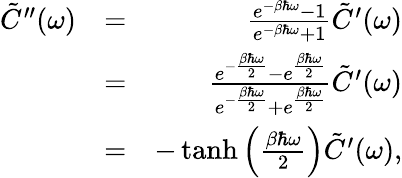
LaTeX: \begin{array}{rlr}{\tilde{C}^{\prime\prime}(\omega)}&{=}&{\frac{e^{-\beta\hbar\omega}-1}{e^{-\beta\hbar\omega}+1}\tilde{C}^{\prime}(\omega)}\\ &{=}&{\frac{e^{-\frac{\beta\hbar\omega}{2}}-e^{\frac{\beta\hbar\omega}{2}}}{e^{-\frac{\beta\hbar\omega}{2}}+e^{\frac{\beta\hbar\omega}{2}}}\tilde{C}^{\prime}(\omega)}\\ &{=}&{-\operatorname{tanh}\left(\frac{\beta\hbar\omega}{2}\right)\tilde{C}^{\prime}(\omega),}\end{array}